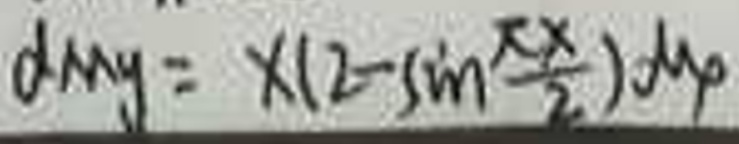
\[
dMy = x\left(2 - \sin\frac{\pi x}{2}\right)dy
\]